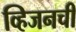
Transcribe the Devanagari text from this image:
व्हिजनची